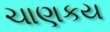
ચાણકય